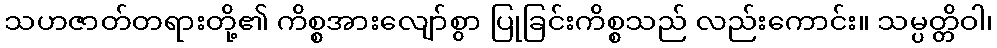
သဟဇာတ်တရားတို့၏ ကိစ္စအားလျော်စွာ ပြုခြင်းကိစ္စသည် လည်းကောင်း။ သမ္ပတ္တိဝါ၊